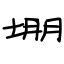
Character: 堋